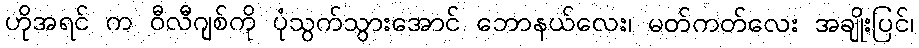
ဟိုအရင် က ဝီလီဂျစ်ကို ပုံသွက်သွားအောင် ဘောနယ်လေး၊ မတ်ကတ်လေး အချိုးပြင်၊